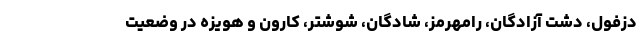
دزفول، دشت آزادگان، رامهرمز، شادگان، شوشتر، کارون و هویزه در وضعیت